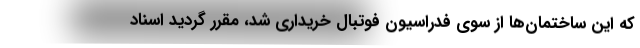
که این ساختمان‌ها از سوی فدراسیون فوتبال خریداری شد، مقرر گردید اسناد